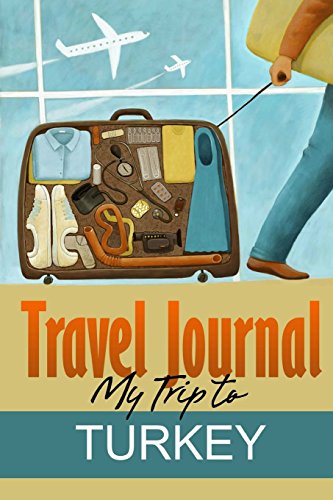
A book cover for Travel Journal: My Trip to Grenada by Travel Diary (31-Oct-2013) Paperback; Travel Diary; Travel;